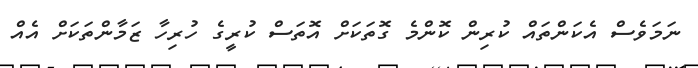
ނަމަވެސް އެކަންތައް ކުރިން ކޮންމެ ގޮތަކަށް އޮތަސް ކުރީގެ ހުރިހާ ޒަމާންތަކަށް އެއް